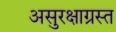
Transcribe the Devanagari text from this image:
असुरक्षाग्रस्त